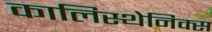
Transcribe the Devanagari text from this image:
कालिस्थेनिक्स